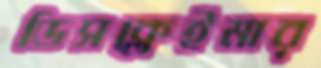
ডিসক্লেইমার